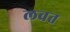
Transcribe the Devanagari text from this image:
लवत